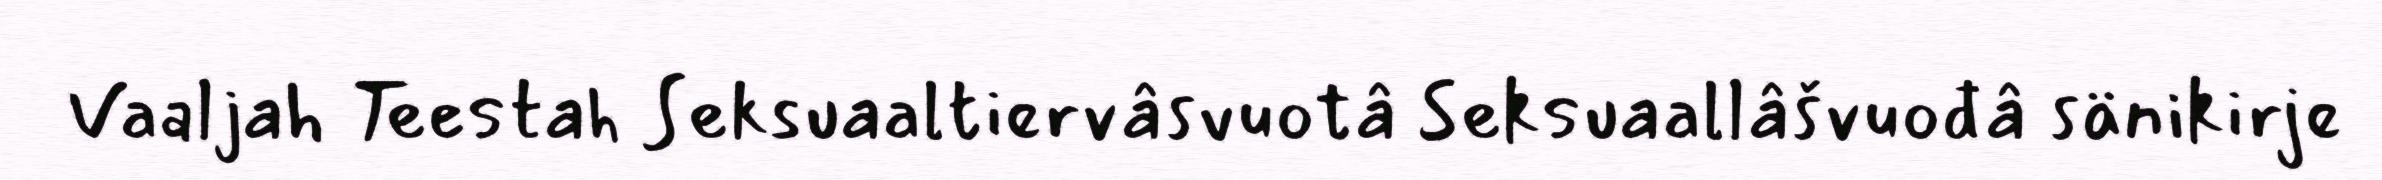
Vaaljah Teestah Seksuaaltiervâsvuotâ Seksuaallâšvuođâ sänikirje